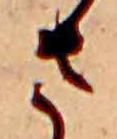
さ